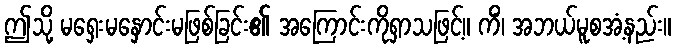
ဤသို့ မရှေးမနှောင်းမဖြစ်ခြင်း၏ အကြောင်းကိုရှာသဖြင့်။ ကိံ၊ အဘယ်မူစအံ့နည်း။